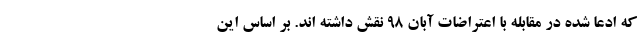
که ادعا شده در مقابله با اعتراضات آبان 98 نقش داشته اند. بر اساس این